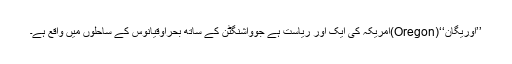
’’اوریگان‘‘(Oregon)امریکہ کی ایک اور ریاست ہے جوواشنگٹن کے ساتھ بحراوقیانوس کے ساحلوں میں واقع ہے۔